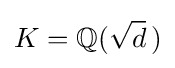
K=\mathbb {Q} ({\sqrt {d}}\,)